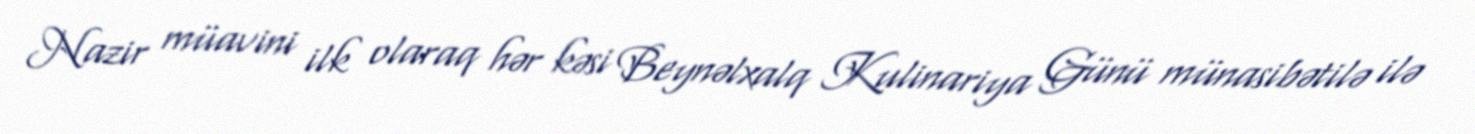
Nazir müavini ilk olaraq hər kəsi Beynəlxalq Kulinariya Günü münasibətilə ilə